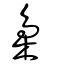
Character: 梟